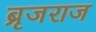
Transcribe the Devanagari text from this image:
ब्रृजराज